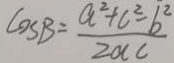
\cos B = \frac { a ^ { 2 } + c ^ { 2 } - b ^ { 2 } } { 2 a c }